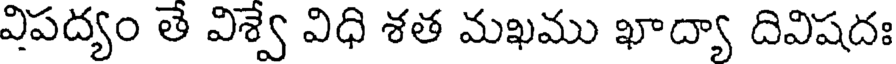
విపద్యం తే విశ్వే విధి శత మఖము ఖాద్యా దివిషదః